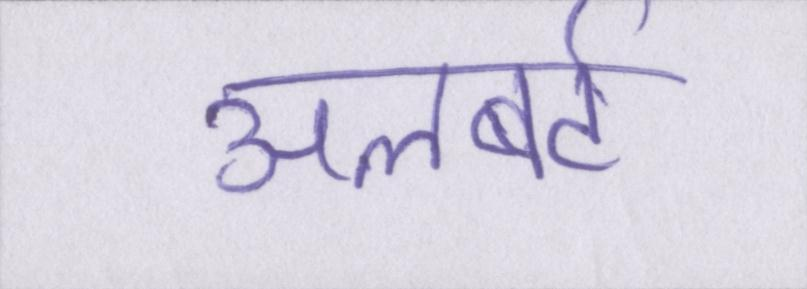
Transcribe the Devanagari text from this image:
अलबर्ट